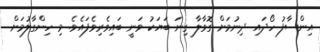
އިންސާފު ހޯދައި ދިނުމަށް ގޮވާލާ ގިނަ ބަޔަކު ވަނީ ބައިވެރިވެފައެވެ. މި ހިންގާލުމަށް